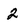
Character: 2